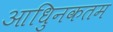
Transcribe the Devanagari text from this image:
आधुिनकतम